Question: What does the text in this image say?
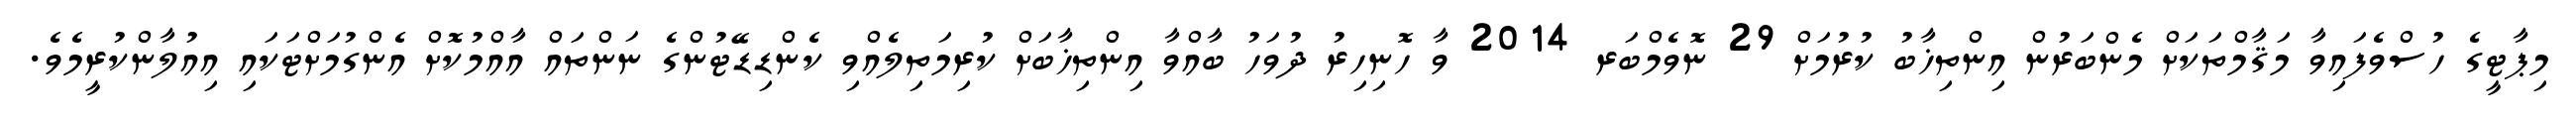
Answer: މިޕާޓީގެ ހުސްވެފައިވާ މަޤާމްތަކަށް މެންބަރުން އިންތިޚާބު ކުރުމަށް 29 ނޮވެމްބަރ 2014 ވާ ހޮނިހިރު ދުވަހު ބާއްވާ އިންތިޚާބަށް ކުރިމަތިލެއްވި ކެންޑިޑޭޓުންގެ ނަންތައް އާއްމުކޮށް އެންގުމަށްޓަކައި އިއުލާންކުރީމެވެ.